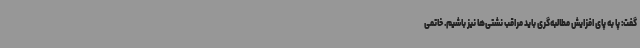
گفت: پا به ‌پای افزایش مطالبه‌گری باید مراقب نشتی‌ها نیز باشیم. خاتمی